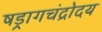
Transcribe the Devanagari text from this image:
षड्रागचंद्रोदय